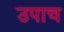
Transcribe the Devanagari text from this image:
उपाच